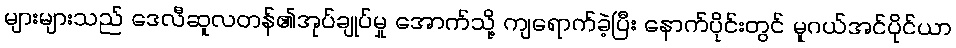
များများသည် ဒေလီဆူလတန်၏အုပ်ချုပ်မှု အောက်သို့ ကျရောက်ခဲ့ပြီး နောက်ပိုင်းတွင် မူဂယ်အင်ပိုင်ယာ